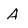
Character: A